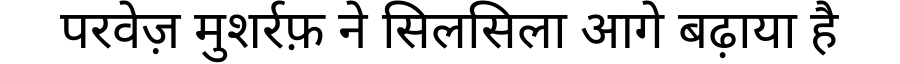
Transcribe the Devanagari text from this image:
परवेज़ मुशर्रफ़ ने सिलसिला आगे बढ़ाया है